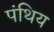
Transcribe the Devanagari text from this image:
पंथिय